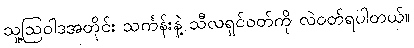
သူ့ဩဝါဒအတိုင်း သင်္ကန်းနဲ့ သီလရှင်ဝတ်ကို လဲဝတ်ရပါတယ်။